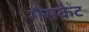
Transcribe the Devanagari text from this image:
गैसकेट